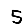
Digit: 5